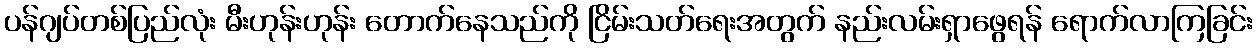
ပန်ဂျပ်တစ်ပြည်လုံး မီးဟုန်းဟုန်း တောက်နေသည်ကို ငြိမ်းသတ်ရေးအတွက် နည်းလမ်းရှာဖွေရန် ရောက်လာကြခြင်း